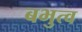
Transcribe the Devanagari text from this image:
बभुत्व